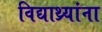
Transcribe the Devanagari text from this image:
विद्याथ्र्यांना